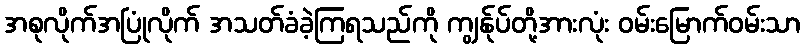
အစုလိုက်အပြုံလိုက် အသတ်ခံခဲ့ကြရသည်ကို ကျွန်ုပ်တို့အားလုံး ဝမ်းမြောက်ဝမ်းသာ